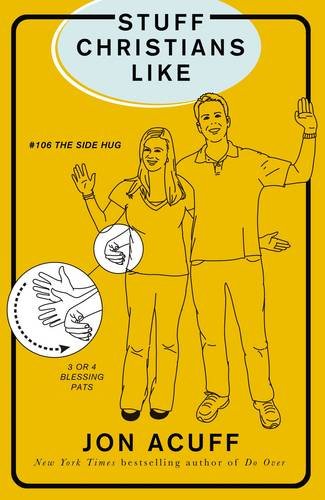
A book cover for Stuff Christians Like; Jonathan Acuff; Humor & Entertainment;